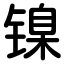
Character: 镍